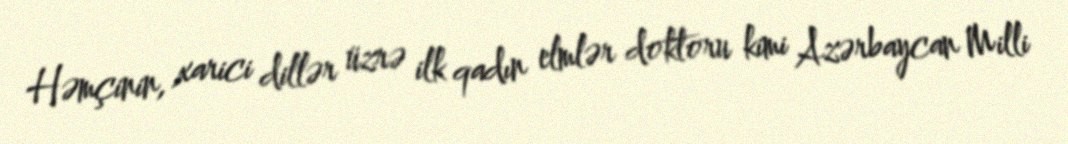
Həmçinin, xarici dillər üzrə ilk qadın elmlər doktoru kimi Azərbaycan Milli